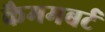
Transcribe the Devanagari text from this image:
कैममबर्ट